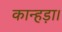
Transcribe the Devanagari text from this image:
कान्हड़ा।